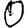
Digit: 0